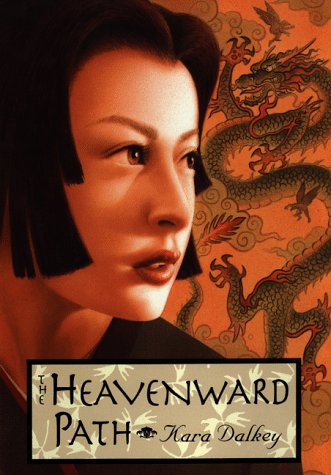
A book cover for The Heavenward Path; Kara Dalkey; Teen & Young Adult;